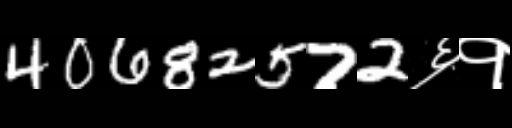
Text: 40682572६१